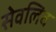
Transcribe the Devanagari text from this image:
सेवलिव